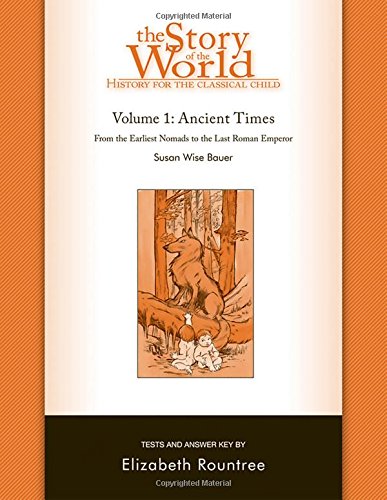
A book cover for The Story of the World: History for the Classical Child: Ancient Times: Tests and Answer Key (Vol. 1)  (Story of the World); Susan Wise Bauer; Education & Teaching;